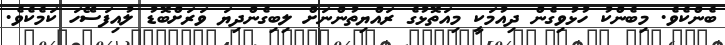
ބެންކެވެ. މިބެންކު ހުޅުވިގެން ދިއުމަކީ މިއަތޮޅުގެ ރައްޔިތުންނަށް ލިބިގެންދިޔަ ވަރަށްބޮޑު ލުއިފަސޭހަ ކަމެކެވެ.